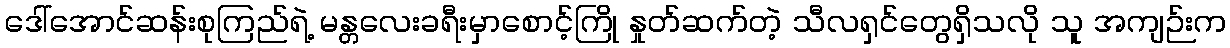
ဒေါ်အောင်ဆန်းစုကြည်ရဲ့ မန္တလေးခရီးမှာစောင့်ကြို နှုတ်ဆက်တဲ့ သီလရှင်တွေရှိသလို သူ အကျဉ်းက